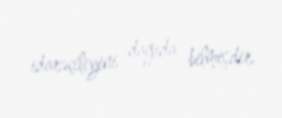
idarəçiliyini dağıda bilmişdir.